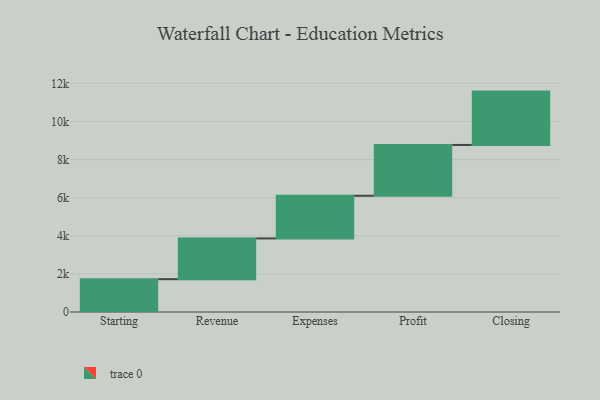
{"axis": {"x": "Step", "y": "Value"}, "legend": [""], "data": [{"x": "Starting", "y": 1722.0, "type": ""}, {"x": "Revenue", "y": 2138.0, "type": ""}, {"x": "Expenses", "y": 2240.0, "type": ""}, {"x": "Profit", "y": 2665.0, "type": ""}, {"x": "Closing", "y": 2800.0, "type": ""}]}